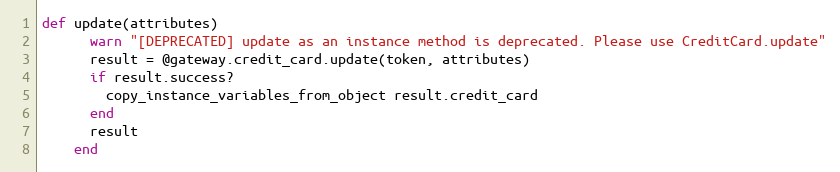
Language: Ruby
def update(attributes)
      warn "[DEPRECATED] update as an instance method is deprecated. Please use CreditCard.update"
      result = @gateway.credit_card.update(token, attributes)
      if result.success?
        copy_instance_variables_from_object result.credit_card
      end
      result
    end